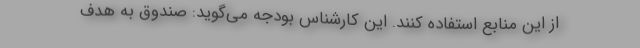
از این منابع استفاده كنند.‌ این كارشناس بودجه می‌گوید: صندوق به هدف